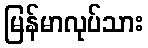
မြန်မာလုပ်သား